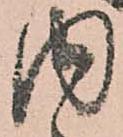
内